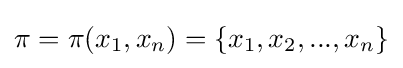
\pi =\pi (x_{1},x_{n})=\{x_{1},x_{2},...,x_{n}\}